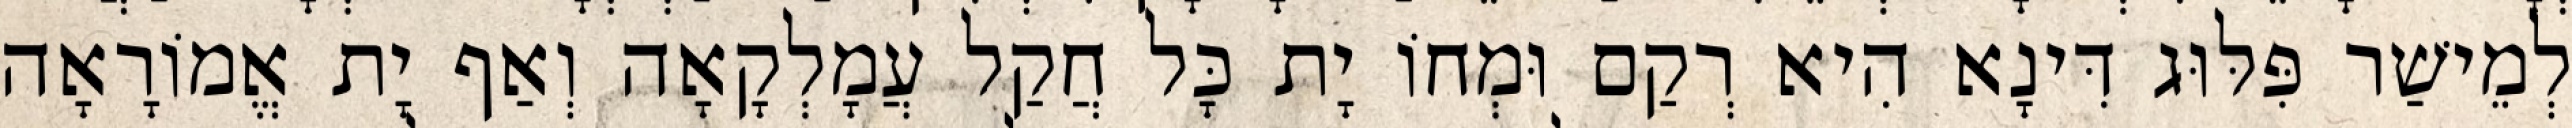
לְמֵישַׁר פִּלּוּג דִּינָא הִיא רְקַם וּמְחוֹ יָת כָּל חֲקַל עֲמָלְקָאָה וְאַף יָת אֱמוֹרָאָה